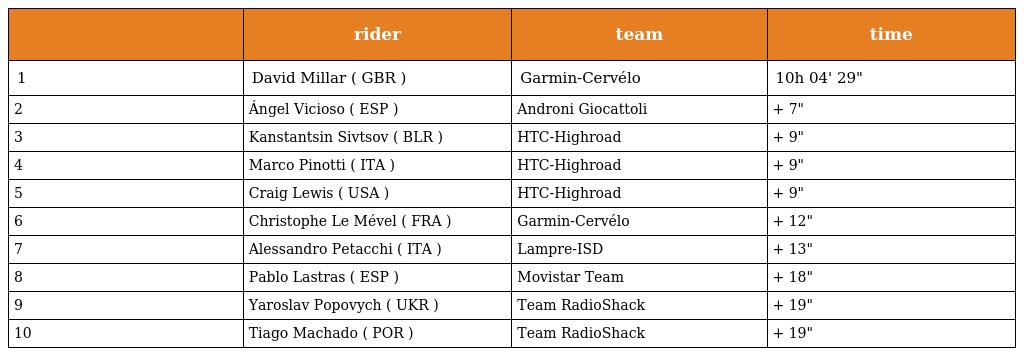
|  | rider | team | time |
 | --- | --- | --- | --- |
 | 1 | David Millar ( GBR ) | Garmin-Cervélo | 10h 04' 29" |
 | 2 | Ángel Vicioso ( ESP ) | Androni Giocattoli | + 7" |
 | 3 | Kanstantsin Sivtsov ( BLR ) | HTC-Highroad | + 9" |
 | 4 | Marco Pinotti ( ITA ) | HTC-Highroad | + 9" |
 | 5 | Craig Lewis ( USA ) | HTC-Highroad | + 9" |
 | 6 | Christophe Le Mével ( FRA ) | Garmin-Cervélo | + 12" |
 | 7 | Alessandro Petacchi ( ITA ) | Lampre-ISD | + 13" |
 | 8 | Pablo Lastras ( ESP ) | Movistar Team | + 18" |
 | 9 | Yaroslav Popovych ( UKR ) | Team RadioShack | + 19" |
 | 10 | Tiago Machado ( POR ) | Team RadioShack | + 19" |